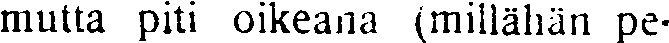
mutta piti oikeana (millähän pe-